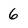
Character: 6